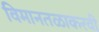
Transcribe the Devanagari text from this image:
विमानतळाकरवी